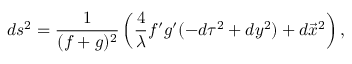
d s ^ { 2 } = \frac { 1 } { ( f + g ) ^ { 2 } } \left( \frac { 4 } { \lambda } f ^ { \prime } g ^ { \prime } ( - d \tau ^ { 2 } + d y ^ { 2 } ) + d \vec { x } ^ { 2 } \right) ,